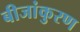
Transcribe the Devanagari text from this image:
बीजांकुरण